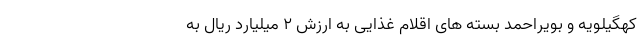
کهگیلویه و بویراحمد بسته های اقلام غذایی به ارزش 2 میلیارد ریال به